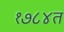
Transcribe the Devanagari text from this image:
१७८४त